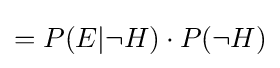
=P(E|\neg H)\cdot P(\neg H)